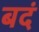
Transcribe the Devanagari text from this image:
बदं